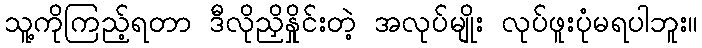
သူ့ကိုကြည့်ရတာ ဒီလိုညှိနှိုင်းတဲ့ အလုပ်မျိုး လုပ်ဖူးပုံမရပါဘူး။